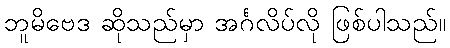
ဘူမိဗေဒ ဆိုသည်မှာ အင်္ဂလိပ်လို ဖြစ်ပါသည်။